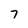
Character: 7